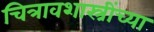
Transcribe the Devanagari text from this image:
चित्रावशास्त्रींच्या